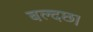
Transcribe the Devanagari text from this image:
बल्दछ।